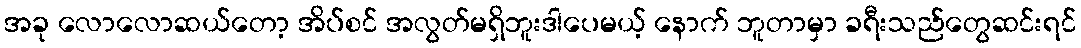
အခု လောလောဆယ်တော့ အိပ်စင် အလွတ်မရှိဘူးဒါပေမယ့် နောက် ဘူတာမှာ ခရီးသည်တွေဆင်းရင်